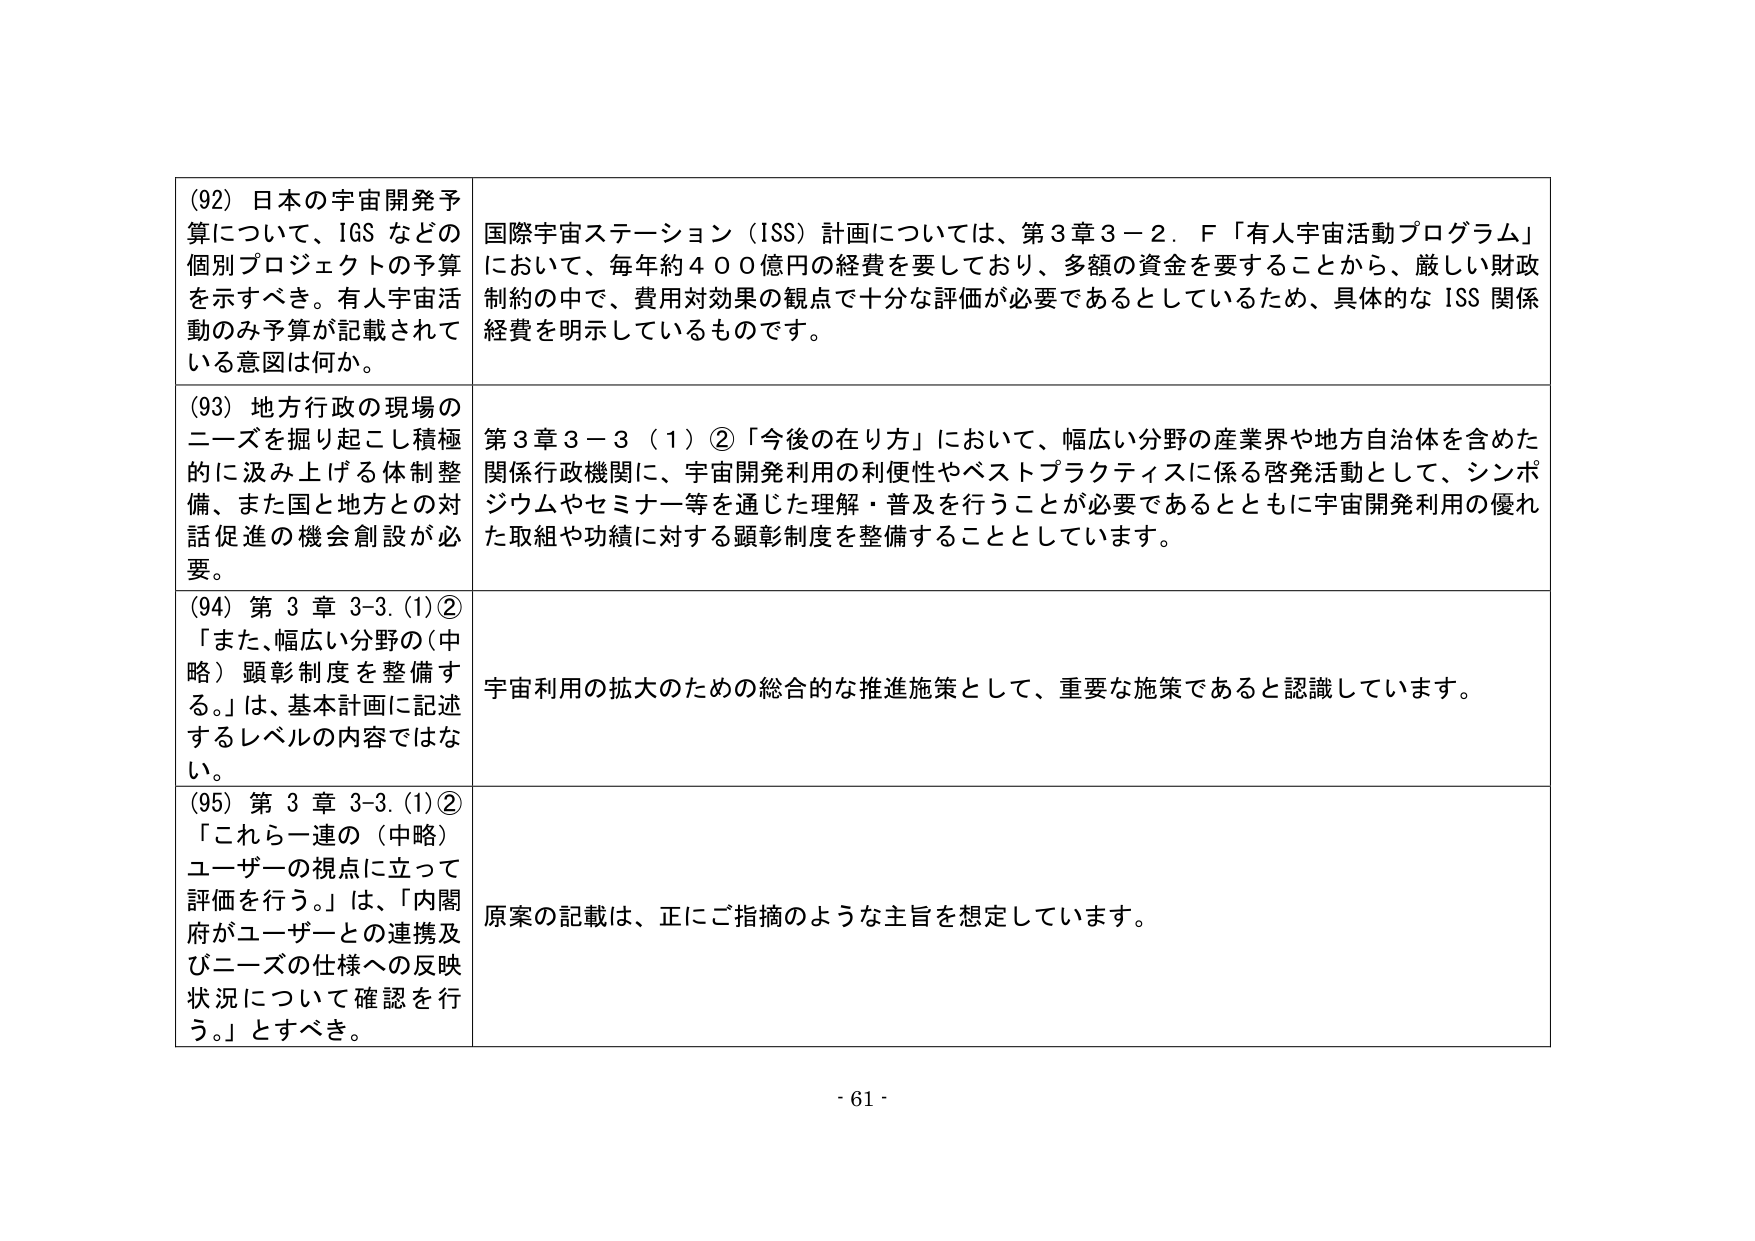
(92) 日本の宇宙開発予算について、IGS などの個別プロジェクトの予算を示すべき。有人宇宙活動のみ予算が記載されている意図は何か。

国際宇宙ステーション（ISS）計画については、第3章3－2．F「有人宇宙活動プログラム」において、毎年約400億円の経費を要しており、多額の資金を要することから、厳しい財政制約の中で、費用対効果の観点で十分な評価が必要であるとしているため、具体的な ISS 関係経費を明示しているものです。

(93) 地方行政の現場のニーズを掘り起こし積極的に汲み上げる体制整備、また国と地方との対話促進の機会創設が必要。

第3章3－3（1）②「今後の在り方」において、幅広い分野の産業界や地方自治体を含めた関係行政機関に、宇宙開発利用の利便性やベストプラクティスに係る啓発活動として、シンポジウムやセミナー等を通じた理解・普及を行うことが必要であるとともに宇宙開発利用の優れた取組や功績に対する顕彰制度を整備することとしています。

(94) 第3章3-3.(1)②「また、幅広い分野の（中略）顕彰制度を整備する。」は、基本計画に記述するレベルの内容ではない。

宇宙利用の拡大のための総合的な推進施策として、重要な施策であると認識しています。

(95) 第3章3-3.(1)②「これら一連の（中略）ユーザーの視点に立って評価を行う。」は、「内閣府がユーザーとの連携及びニーズの仕様への反映状況について確認を行う。」とすべき。

原案の記載は、正にご指摘のような主旨を想定しています。

- 61 -